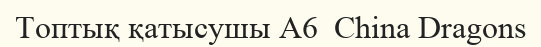
Топтық қатысушы A6  China Dragons